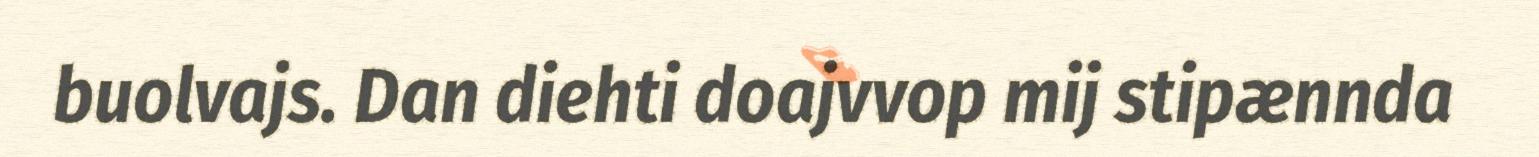
buolvajs. Dan diehti doajvvop mij stipænnda